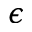
\epsilon